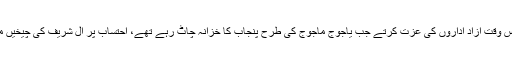
کاش باپ بیٹا پرائیوٹ لمیٹڈ اس وقت آزاد اداروں کی عزت کرتے جب یاجوج ماجوج کی طرح پنجاب کا خزانہ چاٹ رہے تھے، احتساب پر آل شریف کی چیخیں مریخ تک سنائی دے رہی ہیں۔